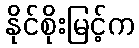
နိုင်စိုးမြင့်က